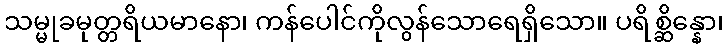
သမ္မုခမုတ္တရိယမာနော၊ ကန်ပေါင်ကိုလွန်သောရေရှိသော။ ပရိစ္ဆိန္နော၊